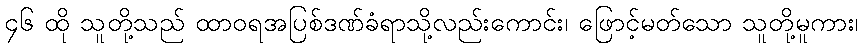
၄၆ ထို သူတို့သည် ထာဝရအပြစ်ဒဏ်ခံရာသို့လည်းကောင်း၊ ဖြောင့်မတ်သော သူတို့မူကား၊